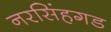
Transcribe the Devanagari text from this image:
नरसिंहगड